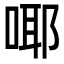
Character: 㖿